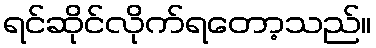
ရင်ဆိုင်လိုက်ရတော့သည်။